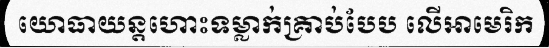
យោធាយន្តហោះទម្លាក់គ្រាប់បែប លើអាមេរិក